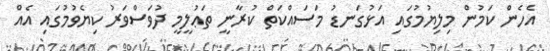
އެހެން ކަމުން މިލިޔުމުގައި އަޅުގަނޑު މަސައްކަތް ކުރާނީ ތަޢުލީމީ ދުވަސްވަރު ކިޔެވުމުގައި އެއް